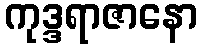
ကုဒ္ဒရာဇာနော